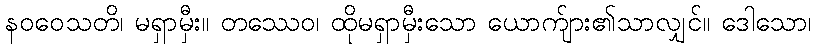
နဝဝေသတိ၊ မရှာမှီး။ တဿေဝ၊ ထိုမရှာမှီးသော ယောက်ျား၏သာလျှင်။ ဒေါသော၊